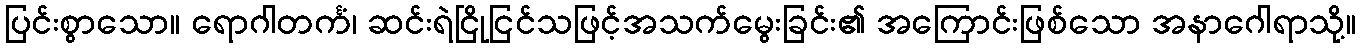
ပြင်းစွာသော။ ရောဂါတင်္ကံ၊ ဆင်းရဲငြိုငြင်သဖြင့်အသက်မွေးခြင်း၏ အကြောင်းဖြစ်သော အနာဂေါရာသို့။